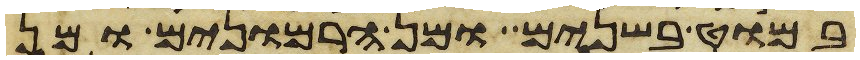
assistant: במוט בשנים ומן הרמונים ומן